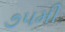
૭૫મી